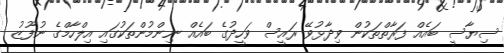
ސިޔާސީ ބައެއް ފަރާތްތަކުން ވިދާޅުވޭ ރައީސް ވަހީދުގެ ބައެއް ނިންމުންތަކުގައި އިލްހާމްގެ ނުފޫޒު